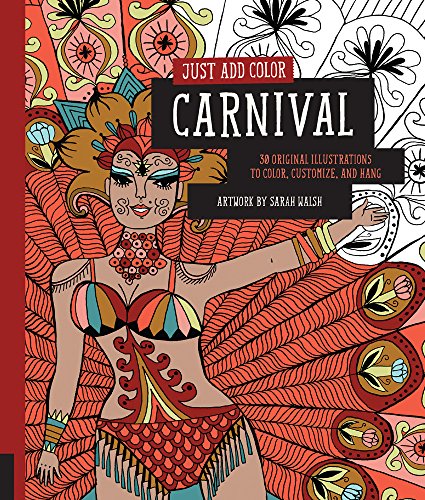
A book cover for Just Add Color: Carnival: 30 Original Illustrations To Color, Customize, and Hang; Sarah Walsh; Arts & Photography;